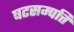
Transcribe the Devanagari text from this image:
षटसम्पत्ति